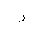
Letter: _ra